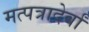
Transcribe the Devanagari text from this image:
मत्पत्रादेर्वां